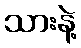
သားနဲ့